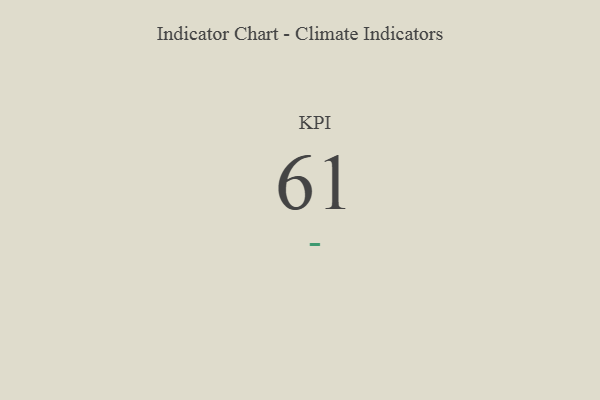
{"axis": {"x": "KPI", "y": "Value"}, "legend": [""], "data": [{"x": "KPI", "y": 61, "type": ""}]}